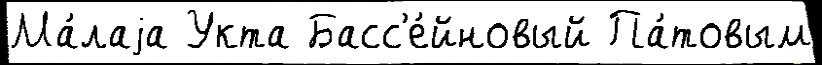
Ма́лаjа Укта Басс'е́йновый Па́товым